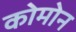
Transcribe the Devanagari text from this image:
कोमोन